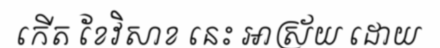
កើត ខែវិសាខ នេះ អាស្រ័យ ដោយ